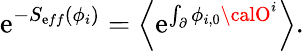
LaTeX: \mathrm{e}^{-S_{\mathrm{e}ff}(\phi_{i})}=\Bigl\langle\mathrm{e}^{\int_{\partial}\phi_{i,0}{\calO}^{i}}\Bigr\rangle.